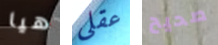
هيا عقلي صحيح